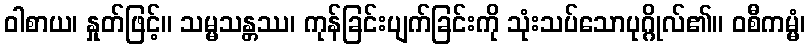
ဝါစာယ၊ နှုတ်ဖြင့်။ သမ္မသန္တဿ၊ ကုန်ခြင်းပျက်ခြင်းကို သုံးသပ်သောပုဂ္ဂိုလ်၏။ ဝစီကမ္မံ၊